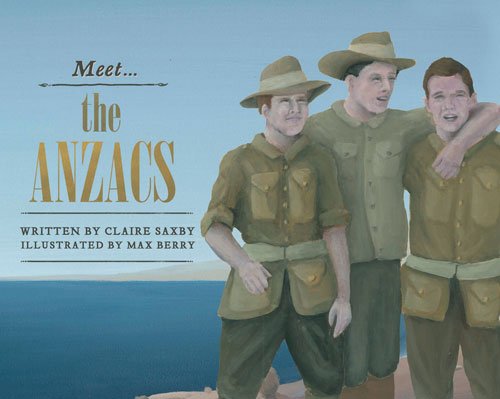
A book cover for Meet the ANZACs; Claire Saxby; Children's Books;